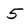
Character: 5